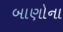
બાણોના